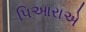
પિઆરાએ